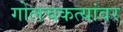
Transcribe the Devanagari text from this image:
गोलचकत्यांवर